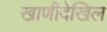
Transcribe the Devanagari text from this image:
खाणीदेखिल